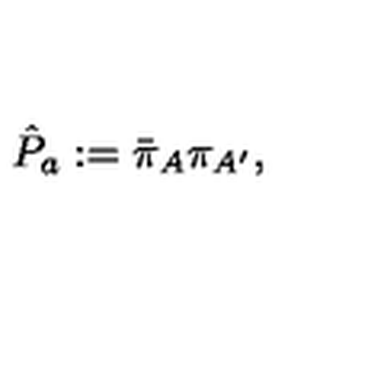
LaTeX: { \hat { P } } _ { a } : = { \bar { \pi } } _ { A } { \pi } _ { A ^ { \prime } } ,